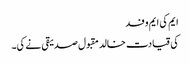
ایم کی ایم وفد
کی قیادت خالد مقبول صدیقی نے کی۔